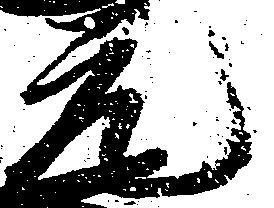
元